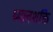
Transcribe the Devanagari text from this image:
ध्यानशक्ति